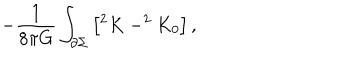
- \frac { 1 } { 8 \pi G } \int _ { \partial \Sigma } \left[ ^ { 2 } K - ^ { 2 } K _ { 0 } \right] ,